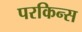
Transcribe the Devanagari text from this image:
परकिन्स